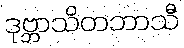
ဒုဗ္ဘာသိတဘာသီ